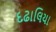
દઢાલિયા